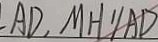
A D , M H / / A D